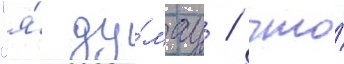
"я́ ду́мау / что́